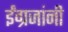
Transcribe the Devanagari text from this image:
ईंग्रजांनी